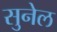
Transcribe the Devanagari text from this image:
सुनेल